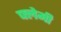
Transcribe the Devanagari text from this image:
फ्लेमी